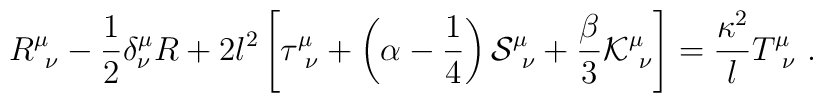
R^\mu_{\ \nu} -{1\over 2} \delta^\mu_\nu R              +2 l^2 \left[ \tau^\mu_{\ \nu}              +\left(\alpha-{1\over 4}\right)  {\cal S}^\mu_{\ \nu}             +{\beta\over 3} {\cal K}^\mu_{\ \nu} \right]             = {\kappa^2 \over l} T^\mu_{\ \nu}    \ .